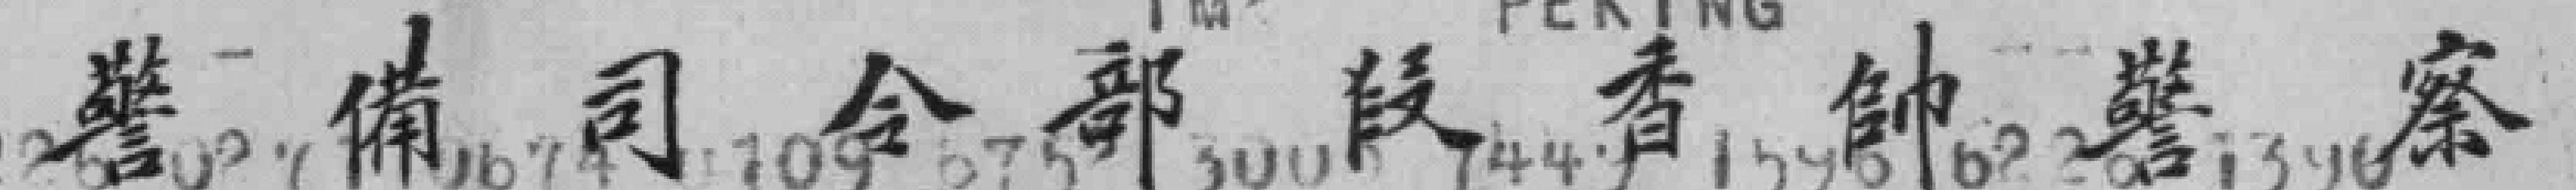
警備司令部段香帥警察